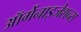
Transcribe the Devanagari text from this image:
ऑर्गेनाइजेशन्स